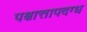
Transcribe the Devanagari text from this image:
पश्चात्तापदग्ध